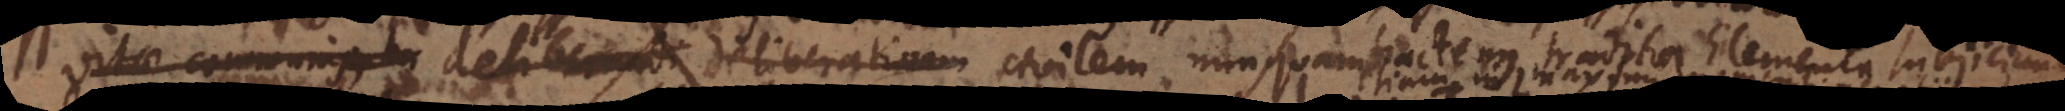
vitae communis deliberandi deliberativam civilem nunquam hactenus tradita Elementa subjiciun